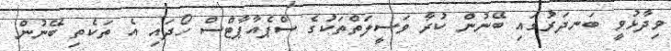
ވިދާޅުވީ ބަނދަރުގައި ބޭނުން ކުރާ ވަސީލަތްތަކުގެ ސްޕެއާޕާޓްސް ހޯދައި އެ ތަކެތި ބޭނުން